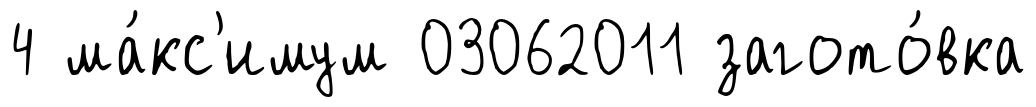
4 ма́кс'имум 03062011 загото́вка